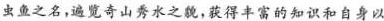
虫鱼之名，遍览奇山秀水之貌，获得丰富的知识和自身以